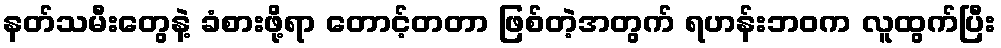
နတ်သမီးတွေနဲ့ ခံစားဖို့ရာ တောင့်တတာ ဖြစ်တဲ့အတွက် ရဟန်းဘဝက လူထွက်ပြီး